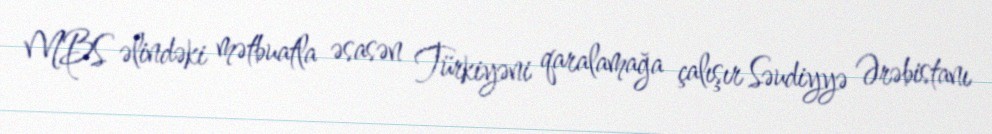
MBS əlindəki mətbuatla əsasən Türkiyəni qaralamağa çalışır Səudiyyə Ərəbistanı